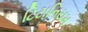
ટિટાનિયમ